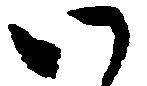
い